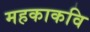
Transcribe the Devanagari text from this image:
महकाकवि